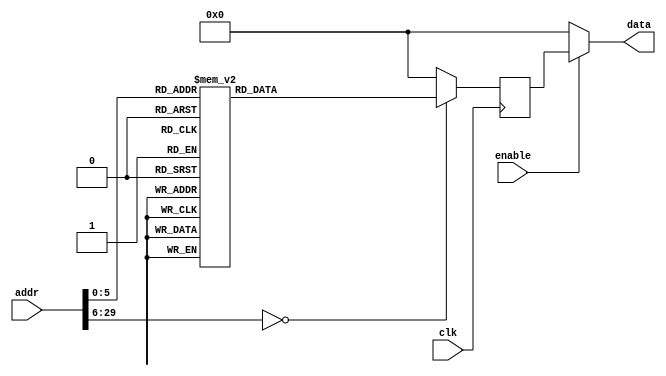
module rom06(input clk, input enable, input [30-1:0] addr, output [32-1:0] data);
    reg [32-1:0] data_reg;
    always @ (posedge clk)
        case(addr)
            30'h0 : data_reg <= 32'h4D525341;
            30'h1 : data_reg <= 32'h9C0D1C28;
            30'h2 : data_reg <= 32'h221D6D8C;
            30'h3 : data_reg <= 32'h0D1D5D8C;
            30'h4 : data_reg <= 32'h0D1C281B;
            30'h5 : data_reg <= 32'h1D6D8C9C;
            30'h6 : data_reg <= 32'h1D5D8C22;
            30'h7 : data_reg <= 32'h3C221C22;
            30'h8 : data_reg <= 32'h10001E3E;
            30'h9 : data_reg <= 32'h3EE53C23;
            30'hA : data_reg <= 32'h1D0B1CD0;
            30'hB : data_reg <= 32'h1B0D1F0C;
            30'hC : data_reg <= 32'h9C0D1C28;
            30'hD : data_reg <= 32'h221D6D8C;
            30'hE : data_reg <= 32'h221D5D8C;
            30'hF : data_reg <= 32'h3C22001C;
            30'h10 : data_reg <= 32'h00551E3E;
            30'h11 : data_reg <= 32'h3EE53C23;
            30'h12 : data_reg <= 32'h1D0B1CD0;
            30'h13 : data_reg <= 32'h21E41E0C;
            30'h14 : data_reg <= 32'hE319E939;
            30'h15 : data_reg <= 32'h0D1920EB;
            30'h16 : data_reg <= 32'h0D1C281B;
            30'h17 : data_reg <= 32'h1D6D8C9C;
            30'h18 : data_reg <= 32'h1D5D8C22;
            30'h19 : data_reg <= 32'h3C221C22;
            30'h1A : data_reg <= 32'h004E1E3E;
            30'h1B : data_reg <= 32'h3EE53C23;
            30'h1C : data_reg <= 32'h1D0B1CD0;
            30'h1D : data_reg <= 32'h1C24ED0C;
            30'h1E : data_reg <= 32'h241C8C20;
            30'h1F : data_reg <= 32'hB9221D5C;
            30'h20 : data_reg <= 32'h281B0DE6;
            30'h21 : data_reg <= 32'h8C9C0D1C;
            30'h22 : data_reg <= 32'h8C221D6D;
            30'h23 : data_reg <= 32'h1C221D5D;
            30'h24 : data_reg <= 32'h1E3E3C22;
            30'h25 : data_reg <= 32'h3C23007E;
            30'h26 : data_reg <= 32'h1CD03EE5;
            30'h27 : data_reg <= 32'hE00C1D0B;
            30'h28 : data_reg <= 32'h000000E8;
            default : data_reg <= 0;
        endcase
    assign data = ( enable ? data_reg : 0 );
endmodule